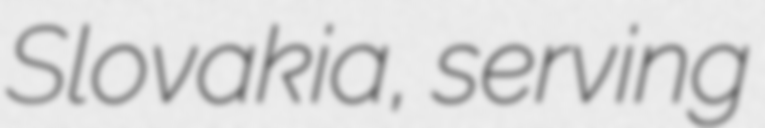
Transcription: Slovakia, serving